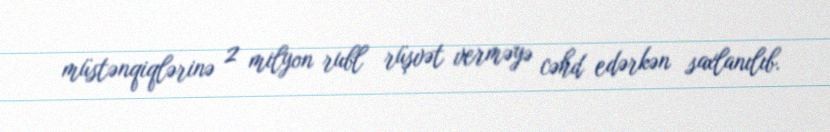
müstənqiqlərinə 2 milyon rubl rüşvət verməyə cəhd edərkən saxlanılıb.